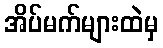
အိပ်မက်များထဲမှ